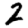
Digit: 2